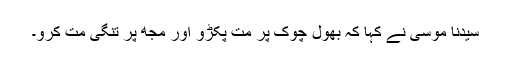
سیدنا موسیٰؑ نے کہا کہ بھول چوک پر مت پکڑو اور مجھ پر تنگی مت کرو۔